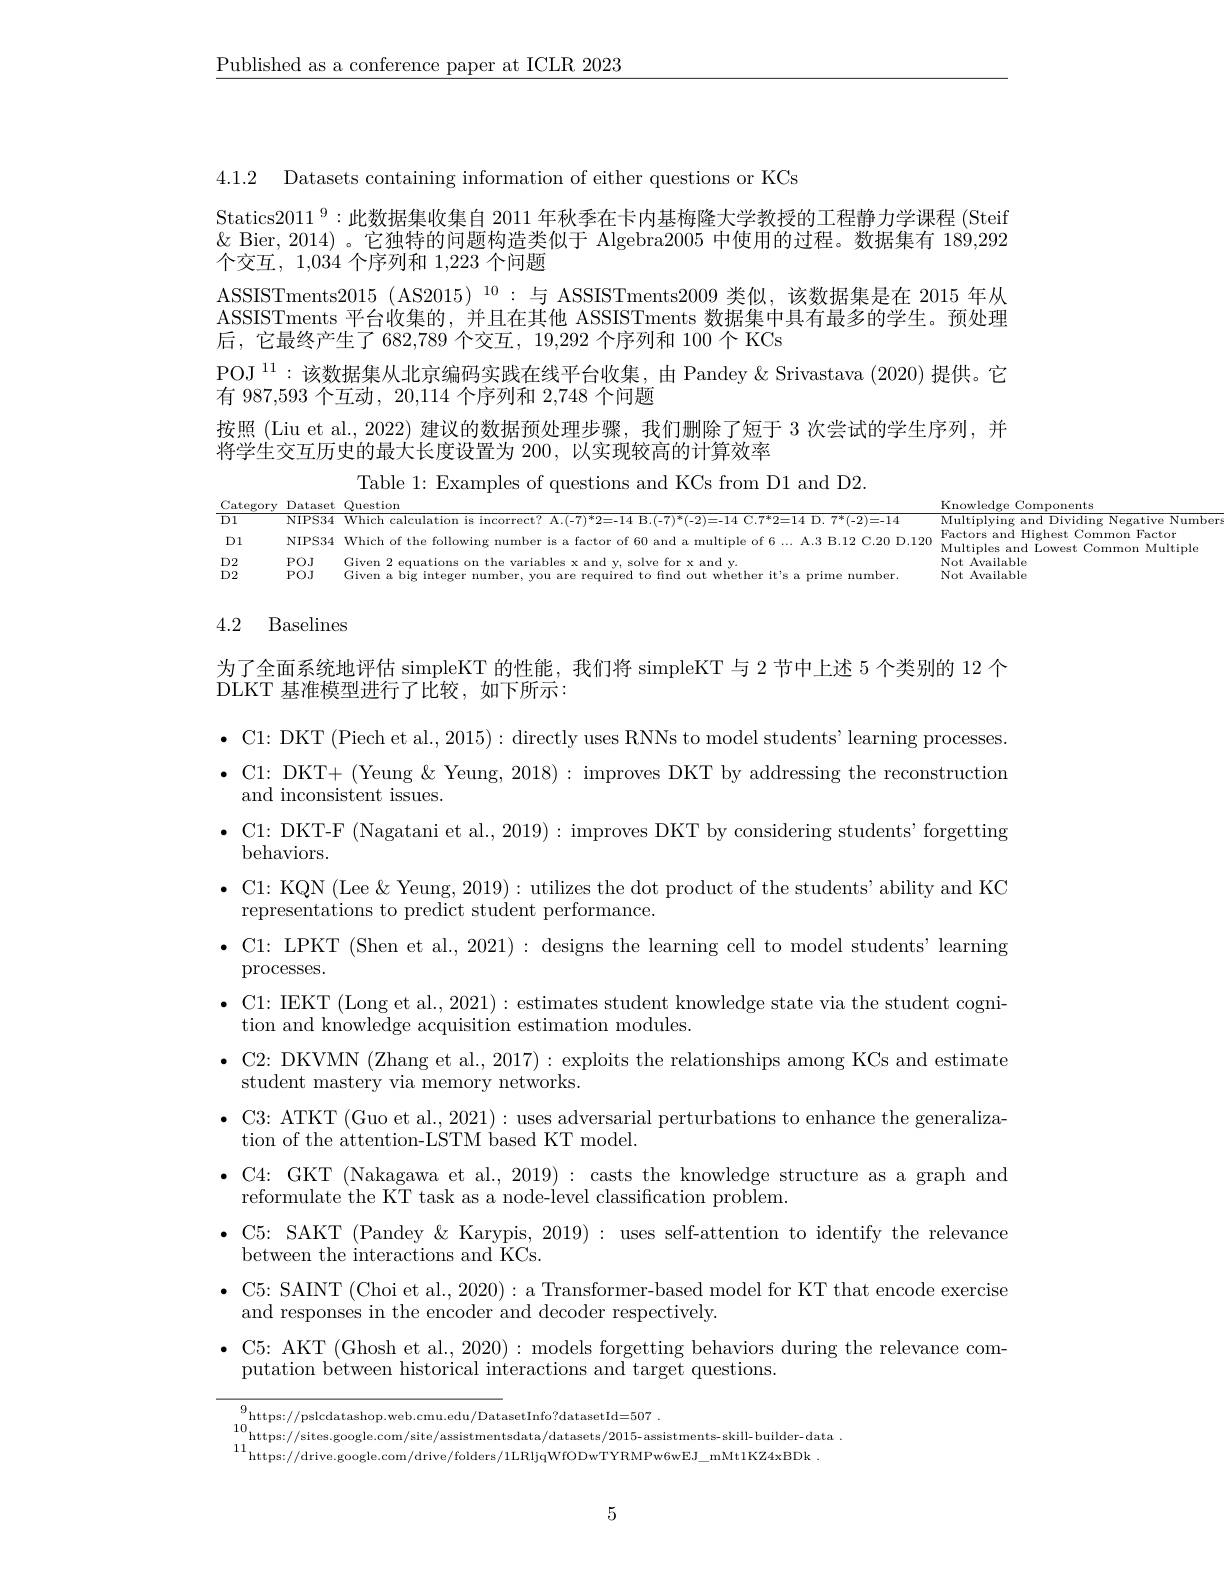
$\underline{\text{Published as a conferenc}}$

4.1.2 Datasets containing information of either questions or KCs

Statics$2011^9:$此数据集收集自 2011 年秋季在卡内基梅隆大学教授的工程静力学课程 (Steif $\&$ Bier, 2014) 。它独特的问题构造类似于 Algebra2005 中使用的过程。数据集有 189,292个交互，1,034 个序列和1，223个问题
ASSISTments2015 (AS2015)$^{10}$:与 ASSISTments2009 类似，该数据集是在 2015 年从ASSISTments 平台收集的，并且在其他 ASSISTments 数据集中具有最多的学生。预处理后，它最终产生了682，789 个交互，19,292 个序列和 100 个 KCs
POJ$^{11}:$该数据集从北京编码实践在线平台收集，由 Pandey&Srivastava (2020) 提供。它
有 987,593 个互动 , 20,114 个序列和
按照 (Liu et al., 2022) 建议的数据预处理步骤，我们删除了短于 3 次尝试的学生序列，并
将学生交互历史的最大长度设置为 200, 以实现较高的计
Table 1: Examples of questions and KCs from D1 and D2.
$\frac{\text{Category Dataset Questio$

NIPS34 Which of the following number is a factor
$\begin{array}{ll}\mathrm{Not~Available}\\\mathrm{Not~A}\end{array}$

D1 $\begin{array}{ll}&\mathrm{D2}\\&\mathrm{D2}\end{array}$
POJ Given 2 equations on the variables x and y, solve for x and y.POJ Given a big integer number, you are required to find out whether it's a prime number.

# 4.2 Baselines

为了全面系统地评估 simpleKT 的性能，我们将 simpleKT 与 2 节中上述 5 个类别的 12 个
DLKT 基准模型进行了比较，如下所示：
$\bullet$ C1: DKT (Piech et al., 2015): directly uses RNNs to model students' learning processes. $\bullet$ C1: DKT+ (Yeung & Yeung, 2018): improves DKT by addressing the reconstruction
and inconsistent issues.
$\bullet$ C1: DKT-F (Nagatani et al., 2019): improves DKT by considering students'forgetting
behaviors.
$\bullet$ C1: KQN (Lee & Yeung, 2019): utilizes the dot product of the students' ability and KC
representations to predict student performance.
$\bullet$ C1: LPKT (Shen et al., 2021): designs the learning cell to model students' learning
processes.
$\bullet$ C1: IEKT (Long et al., 2
tion and knowledge acquisition estimation modules.
$\bullet$ C2: DKVMN (Zhang et al.,
student mastery via memory n
$\bullet$ C3: ATKT (Guo et al., 20
tion of the attention-LSTM b
$\bullet$ C4: GKT (Nakagawa et al., 2019): casts the knowledge structure as a graph and
reformulate the KT task as a
$\bullet$ C5: SAKT (Pandey & Karypis, 2019): uses self-attention to identify the relevance
between the interactions and KCs.
$\bullet$ C5: SAINT (Choi et al., 2020): a Transformer-based model for KT that encode exercise
and responses in the encoder and decoder respectively.
$\bullet$ C5: AKT (Ghosh et al., 2020): models forgetting behaviors during the relevance com-
putation between historical interactions and target questions.

9https: / / pslcdatashop. web. cmu. edu/ DatasetInfo? datasetId= 507 . 10https: / / sites. google. com/ site/ assistmentsdata/ datasets/ 2015- assistments- skill- builder- data .
11https://drive.google.com/site/assistmentsata/datasets/2015-assistments-skil-bulder-da11https://drive.google.com/drive/folders/1LRljqWfODwTYRMPw6wEJ\_mMt1KZ4xBDk~.

5